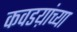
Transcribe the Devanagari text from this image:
कवडय़ांच्या